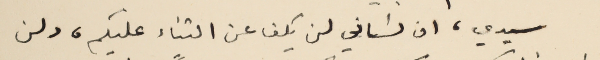
سيدي، ان لسَاني لن يكف عن الثناء عليكم، ولن